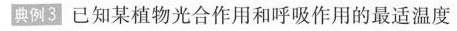
典例3 已知某植物光合作用和呼吸作用的最适温度